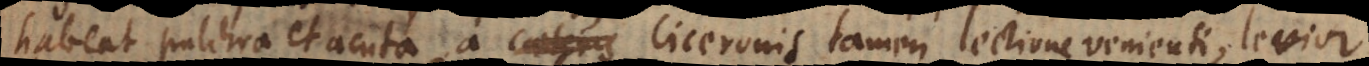
habeat pulchra et acuta, a caeteris Ciceronis tamen lectione venienti, levior